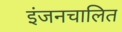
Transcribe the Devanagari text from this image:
इंजनचालित